Report on the nature of kala-azar
Disease focus: Kala-Azar
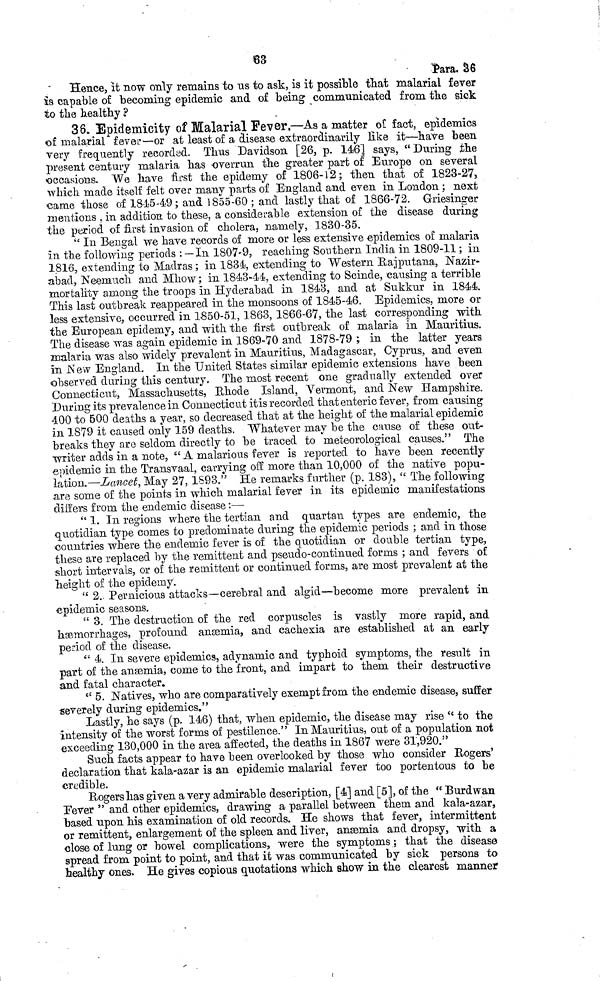
63
Para. 36
Hence, it now only remains to us to ask, is it possible that malarial fever
is capable of becoming epidemic and of being communicated from the sick
to the healthy ?
36. Epidemicity of Malarial Fever.—As a matter of fact, epidemics
of malarial fever—or at least of a disease extraordinarily like it—have been
very frequently recorded. Thus Davidson [26, p. 146] says, " During the
present century malaria has overrun the greater part of Europe on several
occasions. We have first the epidemy of 1806-12 ; then that of 1823-27,
which made itself felt over many parts of England and even in London ; next
came those of 1845-49; and 1855-60; and lastly that of 1866-72. Griesinger
mentions in addition to these, a considerable extension of the disease during
the period of first invasion of cholera, namely, 1830-35.
"In Bengal we have records of more or less extensive epidemics of malaria
in the following periods : —In 1807-9, reaching Southern India in 1809-11 ; in
1816, extending to Madras ; in 1834, extending to Western Rajputana, Nazir-
abacl, Neemuch and Mhow ; in 1843-44, extending to Scinde, causing a terrible
mortality among the troops in Hyderabad in 1843, and at Sukkur in 1844.
This last outbreak reappeared in the monsoons of 1845-46. Epidemics, more or
less extensive, occurred in 1850-51, 1863, 1866-67, the last corresponding with
the European epidemy, and with the first outbreak of malaria in Mauritius.
The disease was again epidemic in 1869-70 and 1878-79 ; in the latter years
malaria was also widely prevalent in Mauritius, Madagascar, Cyprus, and even
in New England. In the United States similar epidemic extensions have been
observed during this century. The most recent one gradually extended over
Connecticut, Massachusetts, Rhode Island, Vermont, and New Hampshire.
During its prevalence in Connecticut it is recorded that enteric fever, from causing
400 to 500 deaths a year, so decreased that at the height of the malarial epidemic
in 1879 it caused only 159 deaths. Whatever may be the cause of these out-
breaks they are seldom directly to be traced to meteorological causes." The
writer adds in a note, "A malarious fever is reported to have been recently
epidemic in the Transvaal, carrying off more than 10,000 of the native popu-
lation.— Lancet, May 27, 1893." He remarks further (p. 183), "The following
are some of the points in which malarial fever in its epidemic manifestations
differs from the endemic disease :—
" 1. In regions where the tertian and quartan types are endemic, the
quotidian type comes to predominate during the epidemic periods ; and in those
countries where the endemic fever is of the quotidian or double tertian type,
these are replaced by the remittent and pseudo-continued forms ; and fevers of
short intervals, or of the remittent or continued forms, are most prevalent at the
height of the epidemy.
" 2. Pernicious attacks—cerebral and algid—become more prevalent in
epidemic seasons.
" 3. The destruction of the red corpuscles is vastly more rapid, and
hæmorrhages, profound anæmia, and cachexia are established at an early
period of the disease.
" 4. In severe epidemics, adynamic and typhoid symptoms, the result in
part of the anæmia, come to the front, and impart to them their destructive
and fatal character.
" 5. Natives, who are comparatively exempt from the endemic disease, suffer
severely during epidemics."
Lastly, he says (p. 146) that, when epidemic, the disease may rise " to the
intensity of the worst forms of pestilence." In Mauritius, out of a population not
exceeding 130,000 in the area affected, the deaths in 1867 were 31,920."
Such facts appear to have been overlooked by those who consider Rogers'
declaration that kala-azar is an epidemic malarial fever too portentous to be
credible.
Rogers has given a very admirable description, [4] and [5], of the " Burdwan
Fever " and other epidemics, drawing a parallel between them and kala-azar,
based upon his examination of old records. He shows that fever, intermittent
or remittent, enlargement of the spleen and liver, anæmia and dropsy, with a
close of lung or bowel complications, were the symptoms ; that the disease
spread from point to point, and that it was communicated by sick persons to
healthy ones. He gives copious quotations which show in the clearest manner